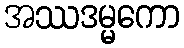
အဿဒမ္မကော